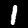
Digit: 1